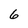
Character: 6